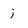
Character: j